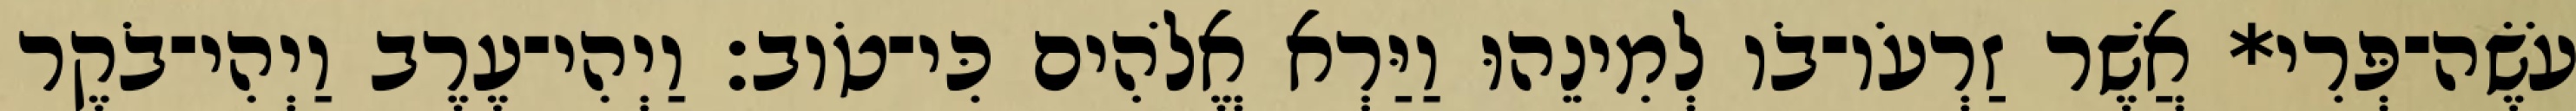
עֹשֶׂה־פְּרִי* אֲשֶׁר זַרְעֹו־בֹו לְמִינֵהוּ וַיַּרְא אֱלֹהִים כִּי־טֹוב׃ וַיְהִי־עֶרֶב וַיְהִי־בֹקֶר